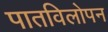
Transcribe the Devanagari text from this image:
पातविलोपन